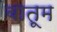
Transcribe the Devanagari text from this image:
बातूम